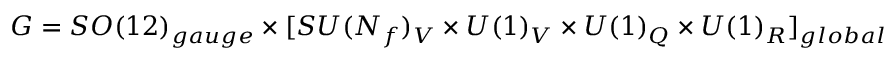
G = S O ( 1 2 ) _ { g a u g e } \times [ S U ( N _ { f } ) _ { V } \times U ( 1 ) _ { V } \times U ( 1 ) _ { Q } \times U ( 1 ) _ { R } ] _ { g l o b a l }